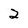
Character: 2